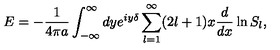
E = - { \frac { 1 } { 4 \pi a } } \int _ { - \infty } ^ { \infty } d y e ^ { i y \delta } \sum _ { l = 1 } ^ { \infty } ( 2 l + 1 ) x { \frac { d } { d x } } \ln S _ { l } ,